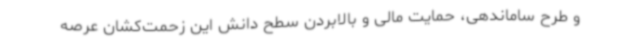
و طرح ساماندهی، حمایت مالی و بالابردن سطح دانش این زحمت‌کشان عرصه